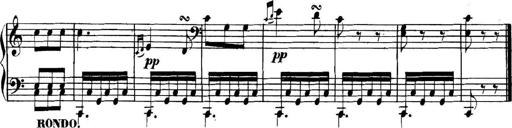
Title: Collected Piano Sonatas
Composer: Muzio Clementi